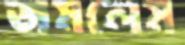
জমলেম